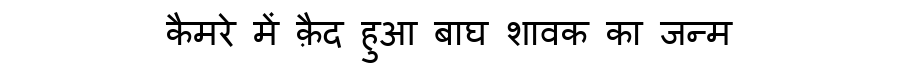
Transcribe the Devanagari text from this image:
कैमरे में क़ैद हुआ बाघ शावक का जन्म